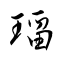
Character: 璢